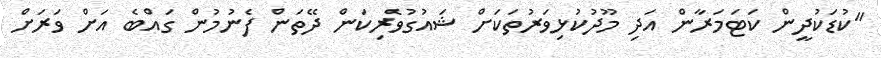
"ކުޑަކުދީން ކަޓަމަރާން އަދި މޫދުކުޅިވަރުތަކަށް ޝައުގުވެރިކަން ދޭތަން ފެނުމުން ގައްބެ އަށް ވަރަށް